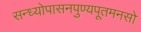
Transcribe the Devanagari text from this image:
सन्ध्योपासनपुण्यपूतमनसो